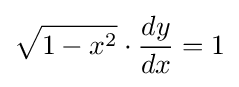
{\sqrt {1-x^{2}}}\cdot {dy \over dx}=1